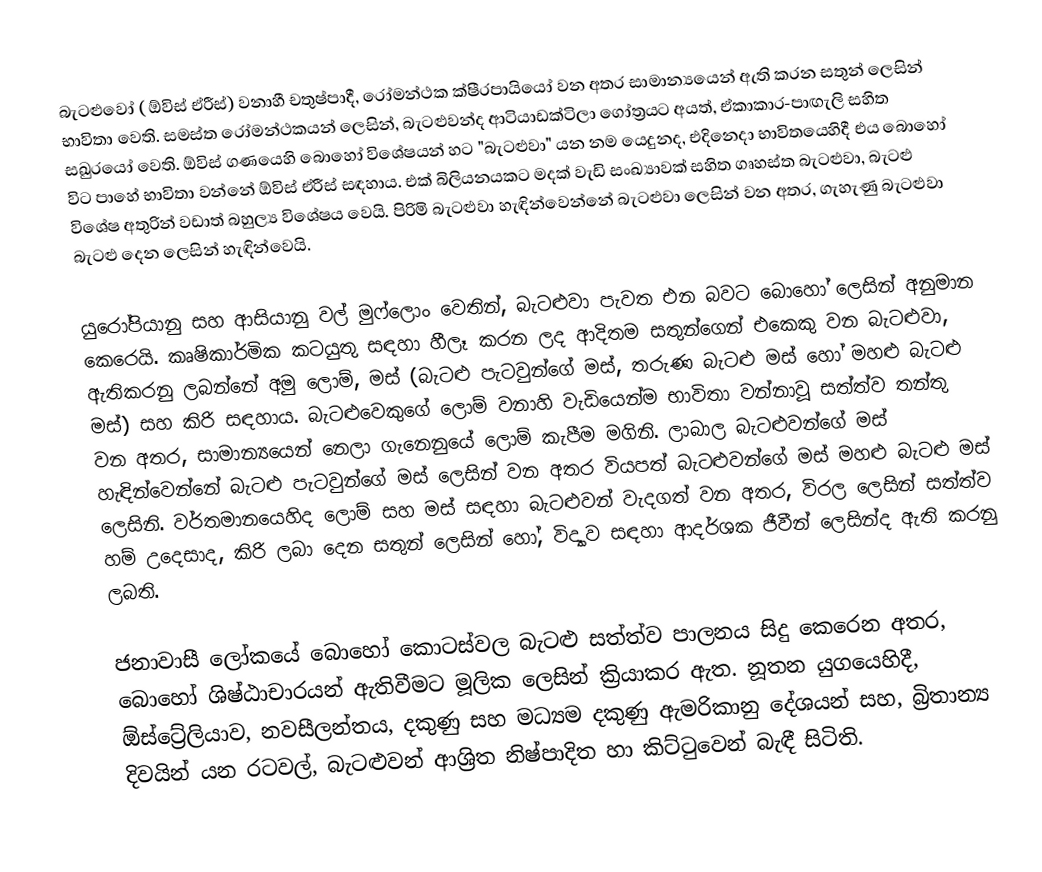
බැටළුවෝ ( ඕවිස් ඒරීස්) වනාහී  චතුෂ්පාදී, රෝමන්ථක ක්ෂීරපායියෝ වන අතර සාමාන්‍යයෙන්  ඇති කරන සතුන් ලෙසින් භාවිතා වෙති. සමස්ත රෝමන්ථකයන් ලෙසින්, බැටළුවන්ද  ආටියාඩක්ටිලා ගෝත්‍රයට අයත්,  ඒකාකාර-පාඟැලි සහිත  සඛුරයෝ  වෙති. ඕවිස් ගණයෙහි බොහෝ විශේෂයන් හට "බැටළුවා" යන නම යෙදුනද, එදිනෙදා භාවිතයෙහිදී එය බොහෝ විට පාහේ භාවිතා වන්නේ  ඕවිස් ඒරීස් සඳහාය. එක් බිලියනයකට මදක් වැඩි සංඛ්‍යාවක් සහිත ගෘහස්ත බැටළුවා, බැටළු විශේෂ අතුරින් වඩාත් බහුල්‍ය විශේෂය වෙයි.  පිරිමි බැටළුවා හැඳින්වෙන්නේ බැටළුවා ලෙසින් වන අතර, ගැහැණු බැටළුවා බැටළු දෙන  ලෙසින් හැඳින්වෙයි.

යුරෝපියානු සහ ආසියානු වල්  මුෆ්ලොං වෙතින්, බැටළුවා පැවත එන බවට බොහෝ ලෙසින් අනුමාන කෙරෙයි. කෘෂිකාර්මික කටයුතු සඳහා හීලෑ කරන ලද ආදිතම සතුන්ගෙන් එකෙකු වන බැටළුවා, ඇතිකරනු ලබන්නේ  අමු ලොම්, මස් (බැටළු පැටවුන්ගේ මස්, තරුණ බැටළු මස් හෝ මහළු බැටළු මස්) සහ කිරි සඳහාය. බැටළුවෙකුගේ ලොම් වනාහි වැඩියෙන්ම භාවිතා වන්නාවූ සත්ත්ව තන්තු වන අතර, සාමාන්‍යයෙන් නෙලා ගැනෙනුයේ ලොම් කැපීම මගිනි. ලාබාල බැටළුවන්ගේ මස් හැඳින්වෙන්නේ  බැටළු පැටවුන්ගේ මස් ලෙසින් වන අතර වියපත් බැටළුවන්ගේ මස් මහළු බැටළු මස් ලෙසිනි.  වර්තමානයෙහිද ලොම් සහ මස් සඳහා බැටළුවන් වැදගත් වන අතර, විරල ලෙසින්  සත්ත්ව හම් උදෙසාද, කිරි ලබා දෙන සතුන් ලෙසින් හෝ, විද්‍යාව සඳහා  ආදර්ශක ජීවීන් ලෙසින්ද ඇති කරනු ලබති.

ජනාවාසී ලෝකයේ බොහෝ කොටස්වල බැටළු සත්ත්ව පාලනය සිදු කෙරෙන අතර, බොහෝ ශිෂ්ඨාචාරයන් ඇතිවීමට මූලික ලෙසින් ක්‍රියාකර ඇත. නූතන යුගයෙහිදී, ඕස්ට්‍රේලියාව, නවසීලන්තය, දකුණු සහ මධ්‍යම දකුණු ඇමරිකානු දේශයන් සහ, බ්‍රිතාන්‍ය දිවයින් යන  රටවල්, බැටළුවන් ආශ්‍රිත නිෂ්පාදිත  හා කිට්ටුවෙන් බැඳී සිටිති.